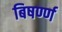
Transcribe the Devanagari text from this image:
बिषर्ण्ण